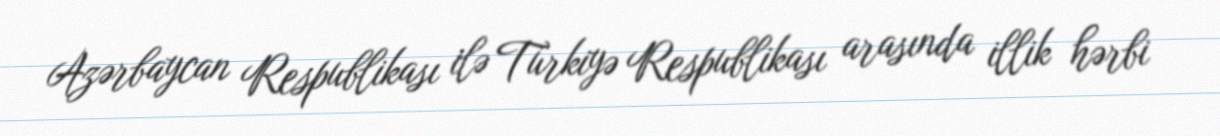
Azərbaycan Respublikası ilə Türkiyə Respublikası arasında illik hərbi